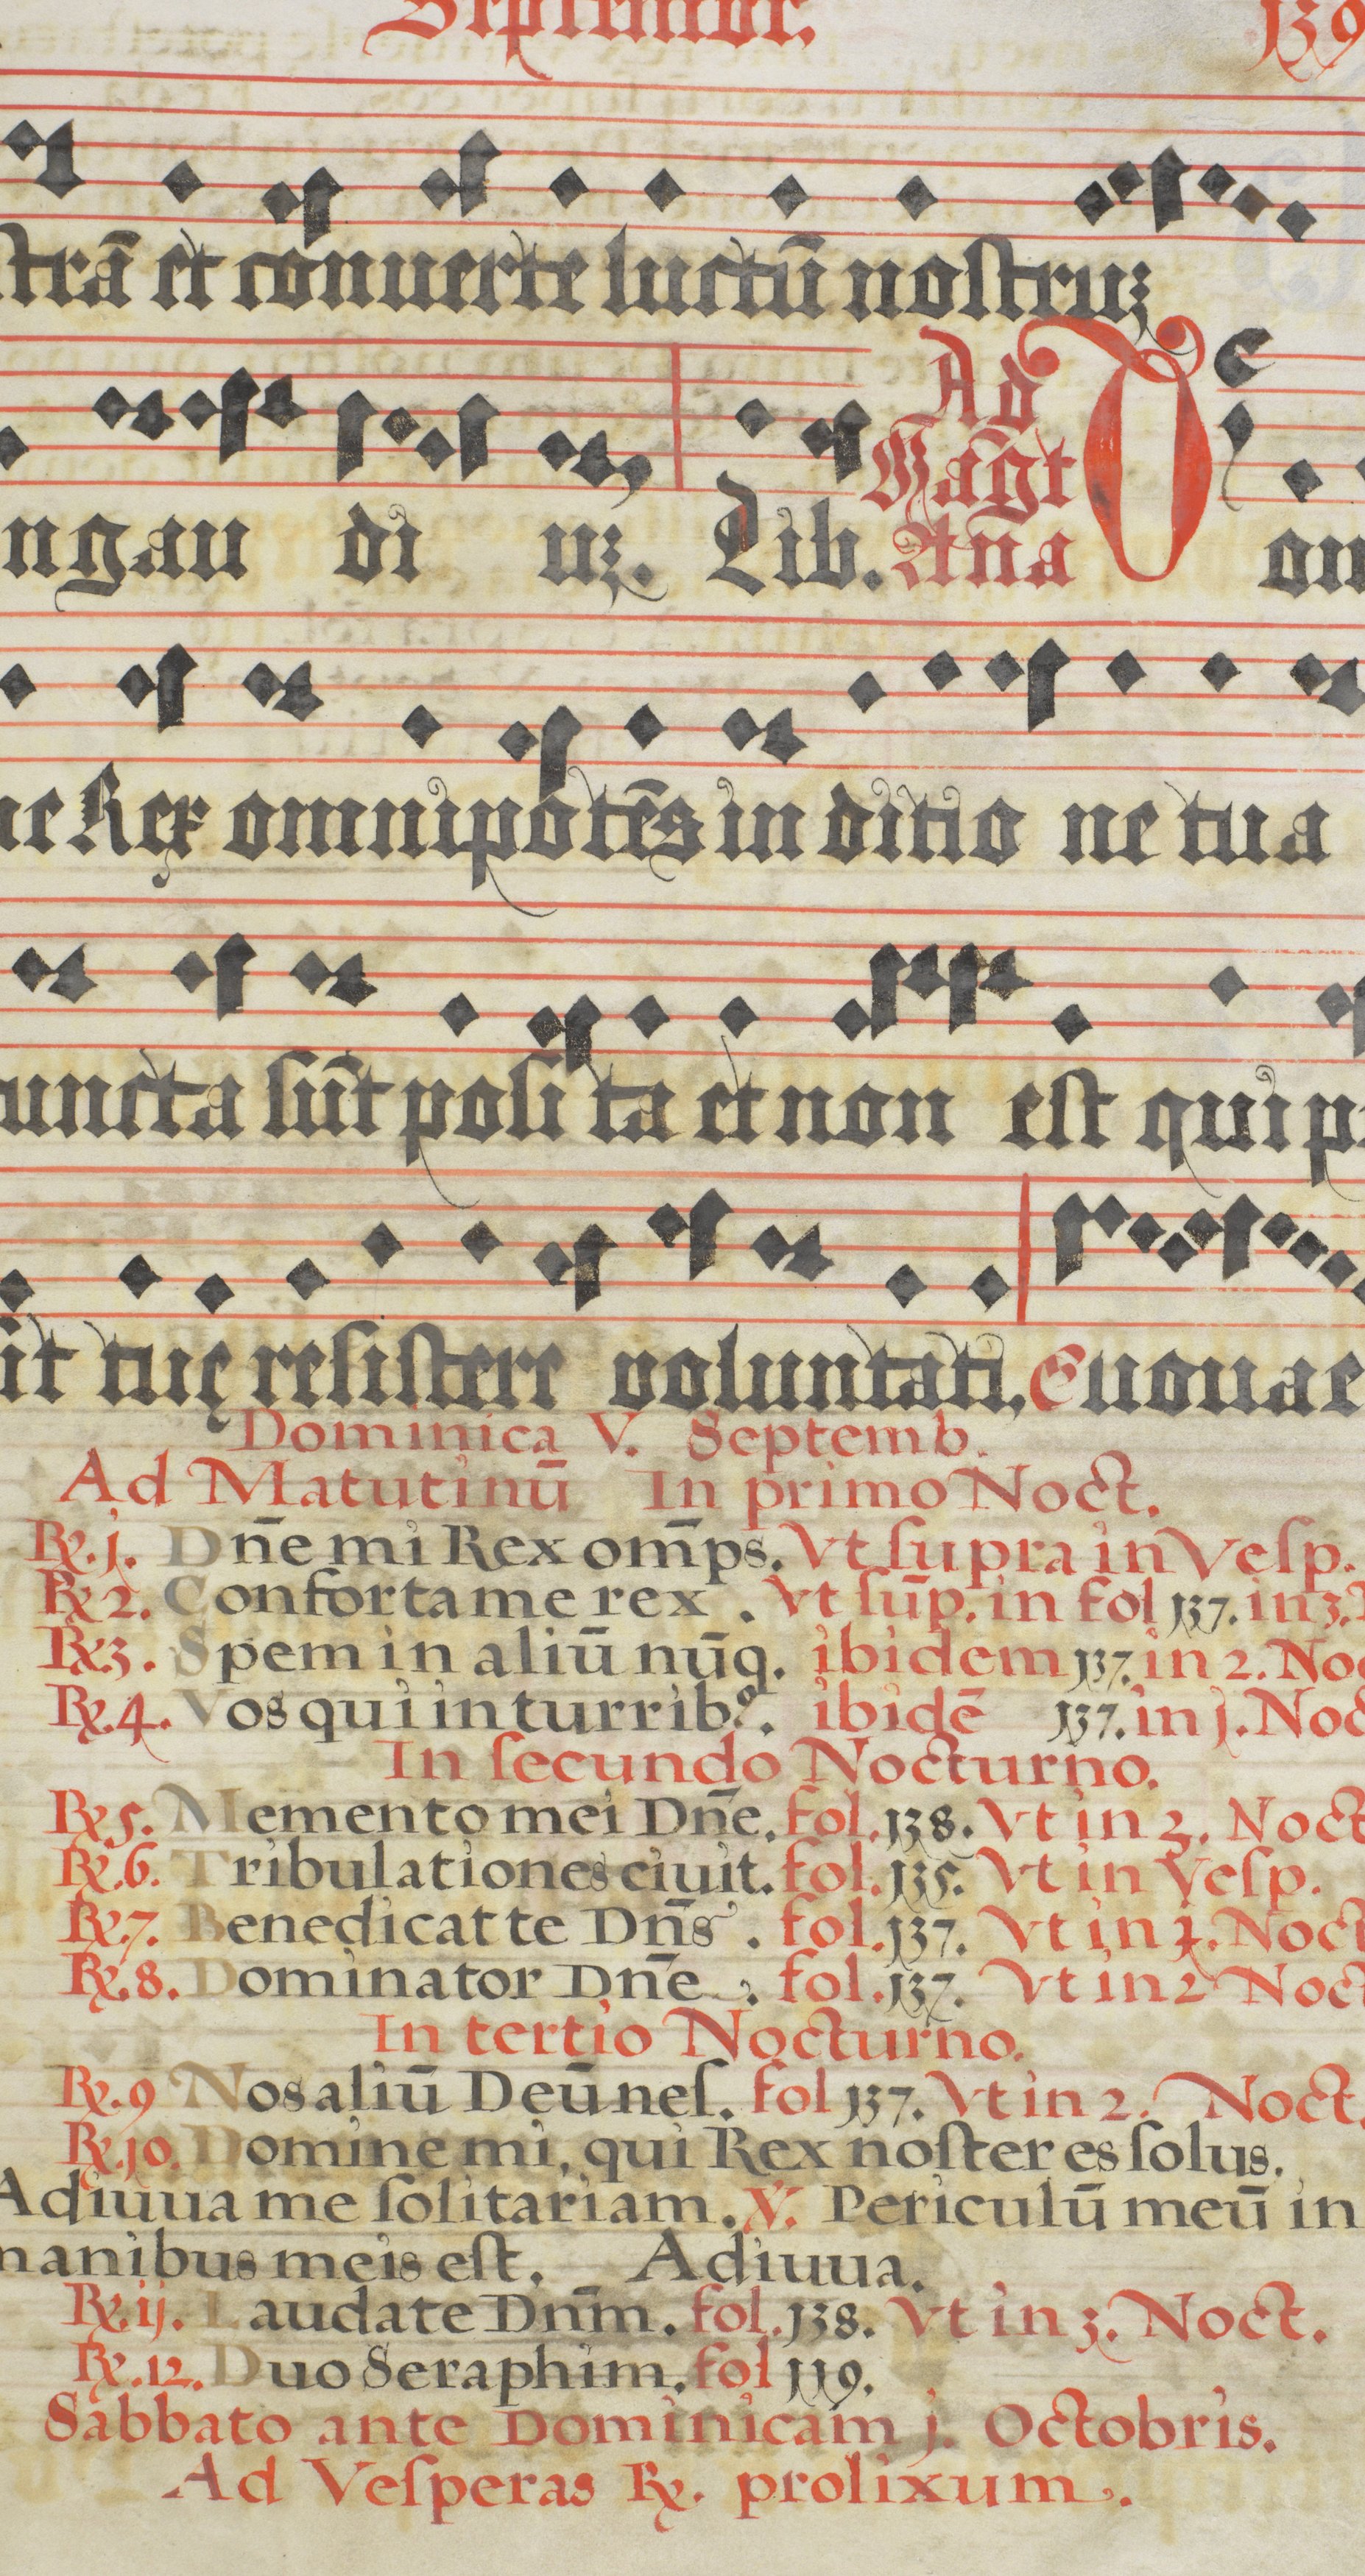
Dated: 1618–1618